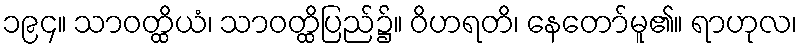
၁၉၄။ သာဝတ္ထိယံ၊ သာဝတ္ထိပြည်၌။ ဝိဟရတိ၊ နေတော်မူ၏။ ရာဟုလ၊